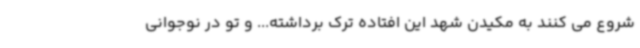
شروع می کنند به مکیدن شهد این افتاده ترک برداشته... و تو در نوجوانی